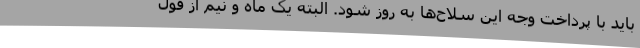
باید با پرداخت وجه این سلاح‌ها به روز شود. البته یک ماه و نیم از قول